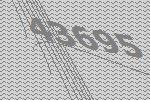
43695